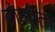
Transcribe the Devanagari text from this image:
बोलीता